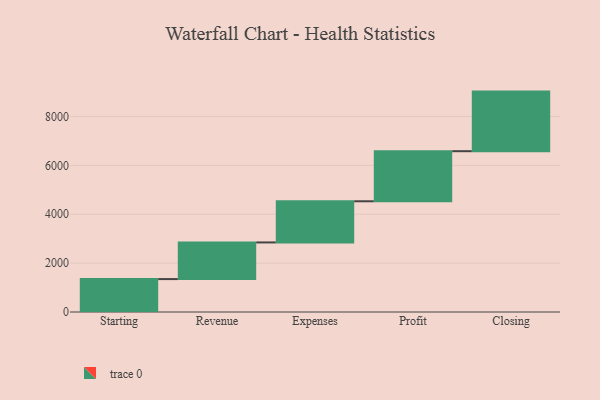
{"axis": {"x": "Step", "y": "Value"}, "legend": [""], "data": [{"x": "Starting", "y": 1347.0, "type": ""}, {"x": "Revenue", "y": 1500.0, "type": ""}, {"x": "Expenses", "y": 1685.0, "type": ""}, {"x": "Profit", "y": 2050.0, "type": ""}, {"x": "Closing", "y": 2439.0, "type": ""}]}